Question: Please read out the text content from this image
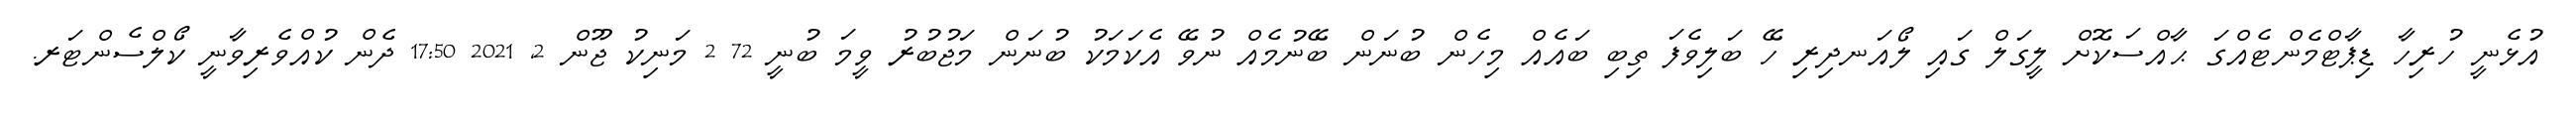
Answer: އުޅެނީ ހުރިހާ ޑިޕާޓްމެންޓެއްގަ ޙާއްސަކޮށް ލީގަލް ގައި ލޯއަނދިރި ހޭ ބަލިވެފަ ތިބި ބައެއް މިހެން ބުނަން ބޭނުމެއް ނުވޭ އެކަމަކު ބުނަން މަޖުބުރު ވީމަ ބުނީ 72 2 މަނިކު ޖޫން 2, 2021 17:50 ދެން ކުއްވެރިވާނީ ކޯލްސެންޓަރ.